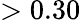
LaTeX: >0.30